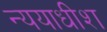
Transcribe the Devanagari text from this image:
न्ययाधीश